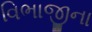
વિભાજીના